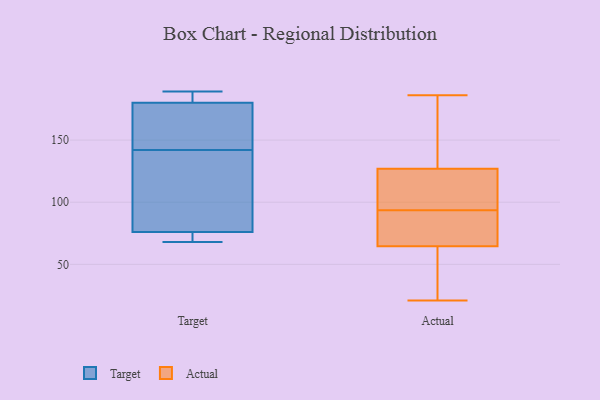
{"axis": {"x": "Net Income (USD K)", "y": "Value"}, "legend": ["Actual", "Target"], "data": [{"x": "", "y": 173, "type": "Target"}, {"x": "", "y": 189, "type": "Target"}, {"x": "", "y": 180, "type": "Target"}, {"x": "", "y": 133, "type": "Target"}, {"x": "", "y": 73, "type": "Target"}, {"x": "", "y": 68, "type": "Target"}, {"x": "", "y": 78, "type": "Target"}, {"x": "", "y": 76, "type": "Target"}, {"x": "", "y": 182, "type": "Target"}, {"x": "", "y": 151, "type": "Target"}, {"x": "", "y": 186, "type": "Actual"}, {"x": "", "y": 84, "type": "Actual"}, {"x": "", "y": 63, "type": "Actual"}, {"x": "", "y": 137, "type": "Actual"}, {"x": "", "y": 36, "type": "Actual"}, {"x": "", "y": 50, "type": "Actual"}, {"x": "", "y": 101, "type": "Actual"}, {"x": "", "y": 79, "type": "Actual"}, {"x": "", "y": 116, "type": "Actual"}, {"x": "", "y": 118, "type": "Actual"}, {"x": "", "y": 83, "type": "Actual"}, {"x": "", "y": 46, "type": "Actual"}, {"x": "", "y": 21, "type": "Actual"}, {"x": "", "y": 143, "type": "Actual"}, {"x": "", "y": 66, "type": "Actual"}, {"x": "", "y": 87, "type": "Actual"}, {"x": "", "y": 128, "type": "Actual"}, {"x": "", "y": 126, "type": "Actual"}, {"x": "", "y": 100, "type": "Actual"}, {"x": "", "y": 158, "type": "Actual"}]}